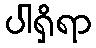
ပါရှိရာ